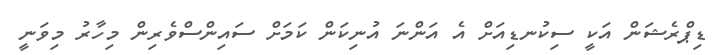
ޑިޕްރެޝަން އަކީ ސިކުނޑިއަށް އެ އަންނަ އުނިކަން ކަމަށް ސައިންސްވެރިން މިހާރު މިވަނީ